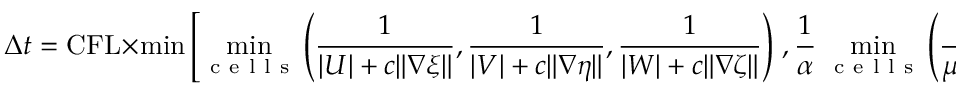
\Delta t = \mathrm { C F L } \times \operatorname* { m i n } \left[ \operatorname* { m i n } _ { \mathrm { ~ c ~ e ~ l ~ l ~ s ~ } } \left( \frac { 1 } { | U | + c \| \nabla \xi \| } , \frac { 1 } { | V | + c \| \nabla \eta \| } , \frac { 1 } { | W | + c \| \nabla \zeta \| } \right) \right. , \frac { 1 } { \alpha } \left. \operatorname* { m i n } _ { \mathrm { ~ c ~ e ~ l ~ l ~ s ~ } } \left( \frac { 1 } { \mu \| \nabla \xi \| ^ { 2 } } , \frac { 1 } { \mu \| \nabla \eta \| ^ { 2 } } , \frac { 1 } { \mu \| \nabla \zeta \| ^ { 2 } } \right) \right]